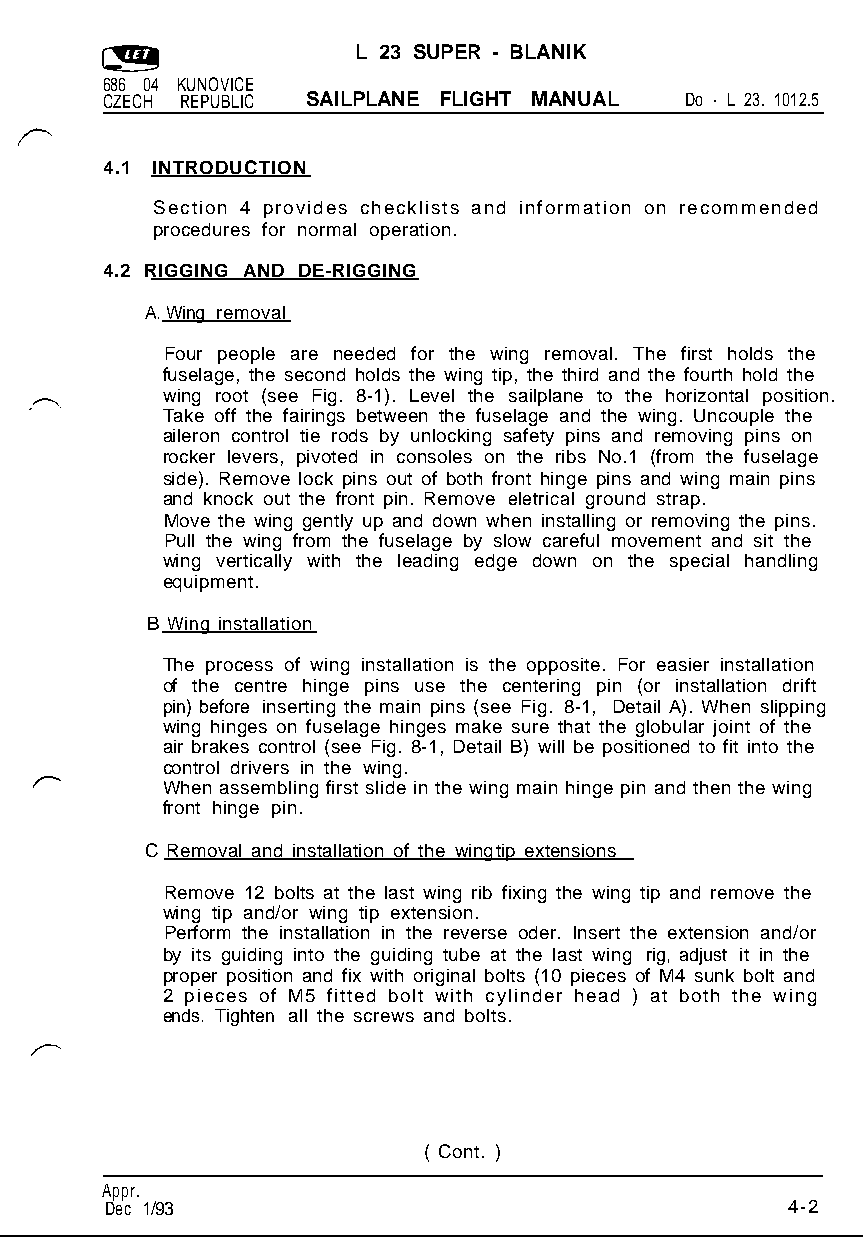
L 23 SUPER - BLANIK
 686 04 KUNOVICE
 CZECH REPUBLIC SAILPLANE FLIGHT MANUAL Do - L 23. 1012.5
 4.1 INTRODUCTION
 Section 4 provides checklists and information on recommended
 procedures for normal operation.
 4.2 RIGGING AND DE-RIGGING
 A. Wing removal
 Four people are needed for the wing removal. The first holds the
 fuselage, the second holds the wing tip, the third and the fourth hold the
 wing root (see Fig. 8-1). Level the sailplane to the horizontal position.
 Take off the fairings between the fuselage and the wing. Uncouple the
 aileron control tie rods by unlocking safety pins and removing pins on
 rocker levers, pivoted in consoles on the ribs No.1 (from the fuselage
 side). Remove lock pins out of both front hinge pins and wing main pins
 and knock out the front pin. Remove eletrical ground strap.
 Move the wing gently up and down when installing or removing the pins.
 Pull the wing from the fuselage by slow careful movement and sit the
 wing vertically with the leading edge down on the special handling
 equipment.
 B Wing installation
 The process of wing installation is the opposite. For easier installation
 of the centre hinge pins use the centering pin (or installation drift
 pin) before inserting the main pins (see Fig. 8-1, Detail A). When slipping
 wing hinges on fuselage hinges make sure that the globular joint of the
 air brakes control (see Fig. 8-1, Detail B) will be positioned to fit into the
 control drivers in the wing.
 When assembling first slide in the wing main hinge pin and then the wing
 front hinge pin.
 C Removal and installation of the wing tip extensions
 Remove 12 bolts at the last wing rib fixing the wing tip and remove the
 wing tip and/or wing tip extension.
 Perform the installation in the reverse oder. Insert the extension and/or
 by its guiding into the guiding tube at the last wing rig, adjust it in the
 proper position and fix with original bolts (10 pieces of M4 sunk bolt and
 2 pieces of M5 fitted bolt with cylinder head ) at both the wing
 ends. Tighten all the screws and bolts.
 ( Cont. )
 Appr.
 Dec 1/93                                     4-2